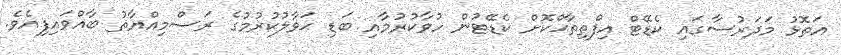
އަތޮޅު މަދަރުސާގައި ކެޑޭޓް އިފްތިތާޙްކޮށް ކެޑޭޓުން ހުވާކުރުމާއި ބަޑި ޙަވާލުކުރުމުގެ ރަސްމިއްޔާތު ބާއްވައިފިއެވެ.